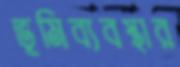
ভূমিব্যবস্থার